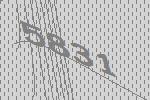
5831